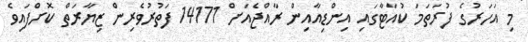
މި އަހަރުގެ ފުރަތަމަ ކުއާޓާގައި އިންޑިއާއިން ރާއްޖެއަށް 14171 ފަތުރުވެރިން ޒިޔާރަތް ކޮށްފައިވެ